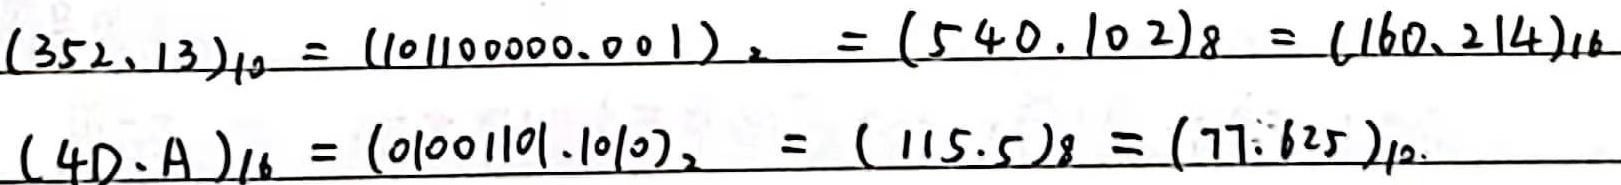
\((352.13)_{10}=(101100000.001)_2=(540.102)_8=(160.214)_{16}\)

\((4D.A)_{16}=(01001101.1010)_2=(115.5)_8=(77.625)_{10}\)